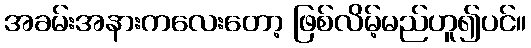
အခမ်းအနားကလေးတော့ ဖြစ်လိမ့်မည်ဟူ၍ပင်။